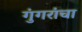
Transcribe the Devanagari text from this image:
गुंगरांचा